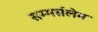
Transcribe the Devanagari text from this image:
सम्मर्सलेम